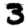
Digit: 3